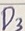
Text: D3